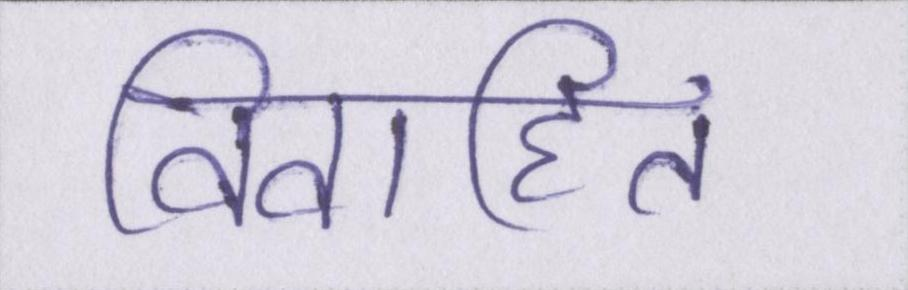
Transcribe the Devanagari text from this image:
विवाहित